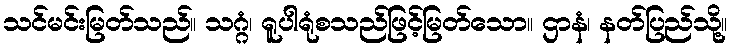
သင်မင်းမြတ်သည်။ သဂ္ဂံ၊ ရူပါရုံစသည်ဖြင့်မြတ်သော။ ဌာနံ၊ နတ်ပြည်သို့။